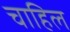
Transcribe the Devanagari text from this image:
चाहिल